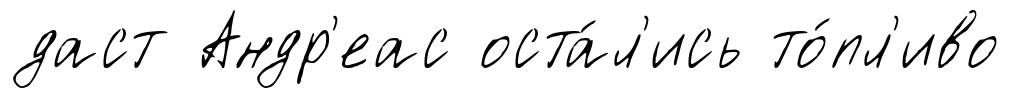
даст Андр'еас оста́л'ись то́пл'иво